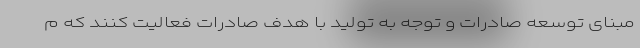
مبنای توسعه صادرات و توجه به تولید با هدف صادرات فعالیت کنند که م